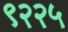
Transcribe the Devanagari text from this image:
९२२५